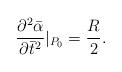
LaTeX: \begin{align*}\frac{\partial^2\bar{\alpha}}{\partial \bar{t}^2}|_{P_0} =\frac{R}{2} .\end{align*}